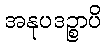
အနုပဒဉ္စာပိ